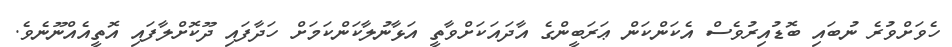
ހެވަށްވުރެ ނުބައި ބޮޑުއިރުވެސް އެކަންކަން ޢަރަބީންގެ އާދައަކަށްވާތީ އަޅާނުލާކަންކަމަށް ހަދާފައި ދޫކޮށްލާފައި އޮތީއެއްނޫނެވެ.